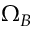
\Omega _ { B }